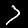
Label: 7